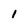
Character: 1